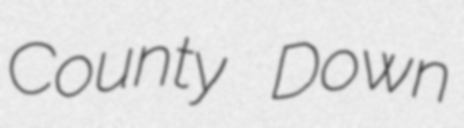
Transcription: County Down